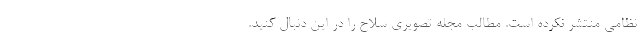
نظامی منتشر نکرده است. مطالب مجله تصویری سلاح را در این دنبال کنید.